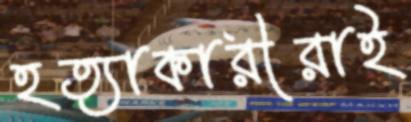
হত্যাকারীরাই